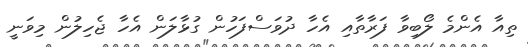
ތިއާ އެންމެ ލޯބިވާ ފަރާތާއި އެހާ ދުވަސްފަހުން ގުޅާލަން އެހާ ޖެހިލުން މިވަނީ